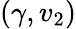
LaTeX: (\gamma,v_{2})